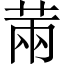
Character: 䓣